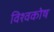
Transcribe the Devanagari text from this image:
विश्‍वकोष